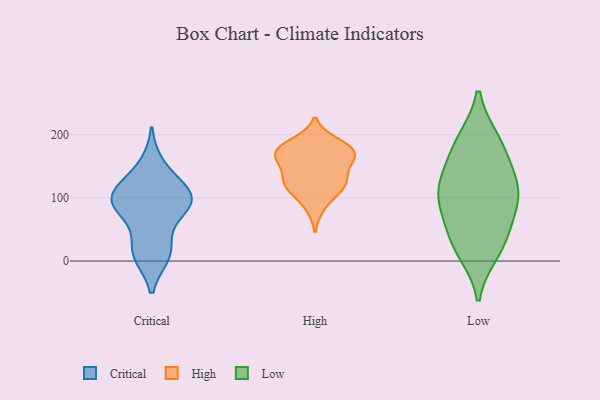
{"axis": {"x": "Production Output", "y": "Value"}, "legend": ["Critical", "High", "Low"], "data": [{"x": "", "y": 10, "type": "Critical"}, {"x": "", "y": 94, "type": "Critical"}, {"x": "", "y": 151, "type": "Critical"}, {"x": "", "y": 92, "type": "Critical"}, {"x": "", "y": 86, "type": "Critical"}, {"x": "", "y": 111, "type": "Critical"}, {"x": "", "y": 17, "type": "Critical"}, {"x": "", "y": 81, "type": "Critical"}, {"x": "", "y": 117, "type": "Critical"}, {"x": "", "y": 16, "type": "Critical"}, {"x": "", "y": 102, "type": "Critical"}, {"x": "", "y": 121, "type": "High"}, {"x": "", "y": 119, "type": "High"}, {"x": "", "y": 179, "type": "High"}, {"x": "", "y": 152, "type": "High"}, {"x": "", "y": 145, "type": "High"}, {"x": "", "y": 86, "type": "High"}, {"x": "", "y": 187, "type": "High"}, {"x": "", "y": 118, "type": "High"}, {"x": "", "y": 169, "type": "High"}, {"x": "", "y": 177, "type": "High"}, {"x": "", "y": 165, "type": "High"}, {"x": "", "y": 121, "type": "High"}, {"x": "", "y": 174, "type": "High"}, {"x": "", "y": 29, "type": "Low"}, {"x": "", "y": 163, "type": "Low"}, {"x": "", "y": 92, "type": "Low"}, {"x": "", "y": 115, "type": "Low"}, {"x": "", "y": 15, "type": "Low"}, {"x": "", "y": 191, "type": "Low"}, {"x": "", "y": 116, "type": "Low"}, {"x": "", "y": 133, "type": "Low"}, {"x": "", "y": 33, "type": "Low"}, {"x": "", "y": 191, "type": "Low"}, {"x": "", "y": 97, "type": "Low"}, {"x": "", "y": 71, "type": "Low"}]}